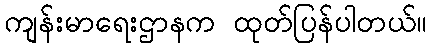
ကျန်းမာရေးဌာနက ထုတ်ပြန်ပါတယ်။